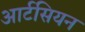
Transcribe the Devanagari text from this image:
आर्टसियन